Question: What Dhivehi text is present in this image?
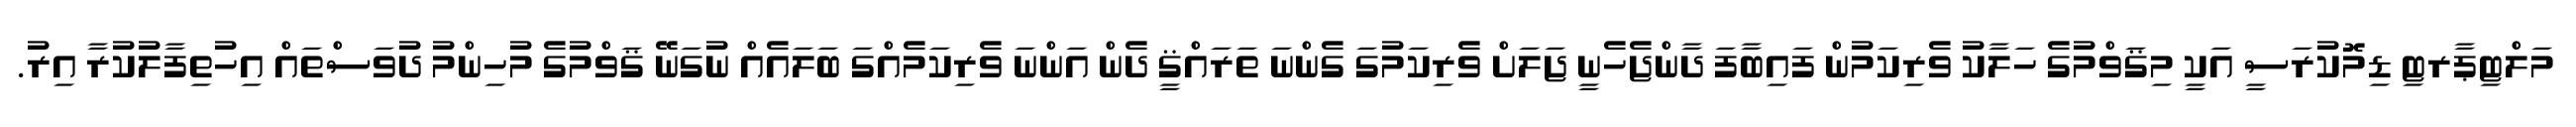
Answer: މަލްޓިޕާރޓި ޑިމޮކުރަސީ އަކީ މިޤަވްމުގެ ހަލާކު ވެރިކަމުން ފައިބާފަ ދާންޖެހެނީ ޖަލަށް ވެރިކަމުގަ ގެންނަ ތަރައްޤީ ދެން އަންނަ ވެރިކަމެއްގަ ބަލައެއް ނުގަނޭ ޤަވްމުގެ މުހިންމު ދުވަސްތައް އިހުތިފާލުކުރާ އިރު.